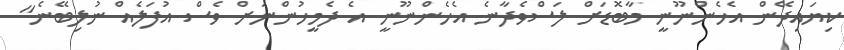
ކިޔައިދޭން އެހެންނޫނީ މާބޮޑަށް ލަސްވެދާނެ އެހެންނޫނީ އެ ދެމީހުންނަށް ވެސް އުފަލެއް ނުލިބޭނެ"